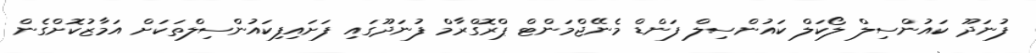
ފުނަދޫ ކައުންސިލް ލޯކަލް ކައުންސިލް ފަންޑް މެނޭޖްމަންޓް ޕްރޮގްރާމް ފުނަދޫގައި ފަށައިފިކައުންސިލްތަކަށް އަމާޒުކޮށްގެން